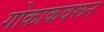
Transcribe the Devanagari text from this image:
गोकाकवरून